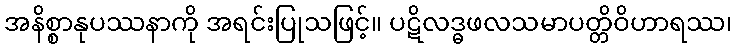
အနိစ္စာနုပဿနာကို အရင်းပြုသဖြင့်။ ပဋိလဒ္ဓဖလသမာပတ္တိဝိဟာရဿ၊